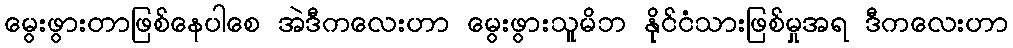
မွေးဖွားတာဖြစ်နေပါစေ အဲဒီကလေးဟာ မွေးဖွားသူမိဘ နိုင်ငံသားဖြစ်မှုအရ ဒီကလေးဟာ